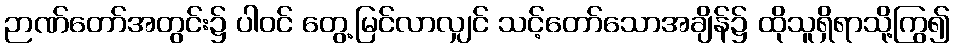
ဉာဏ်တော်အတွင်း၌ ပါဝင် တွေ့မြင်လာလျှင် သင့်တော်သောအချိန်၌ ထိုသူရှိရာသို့ကြွ၍